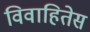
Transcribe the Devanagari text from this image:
विवाहितेस